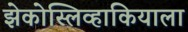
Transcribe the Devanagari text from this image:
झेकोस्लिव्हाकियाला